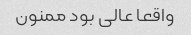
واقعا عالی بود ممنون